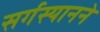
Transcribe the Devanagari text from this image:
सर्गस्यानने